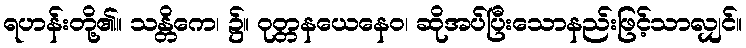
ရဟန်းတို့၏။ သန္တိကေ၊ ၌။ ဝုတ္တနယေနေဝ၊ ဆိုအပ်ပြီးသောနည်းဖြင့်သာလျှင်။